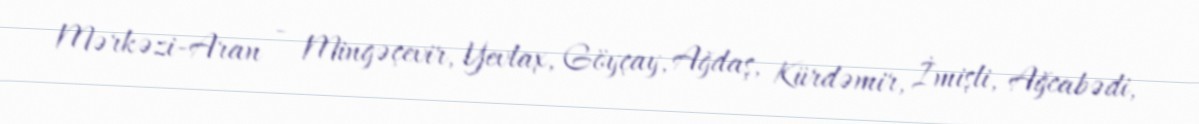
Mərkəzi-Aran - Mingəçevir, Yevlax, Göyçay, Ağdaş, Kürdəmir, İmişli, Ağcabədi,